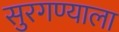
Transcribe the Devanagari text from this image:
सुरगण्याला